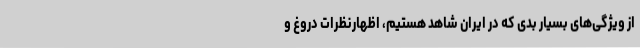
از ویژگی‌های بسیار بدی که در ایران شاهد هستیم، اظهارنظرات دروغ و